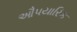
ઔપયારિક